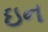
ઇન